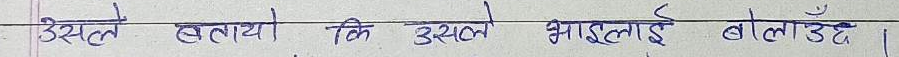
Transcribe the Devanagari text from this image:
उसले बतायो कि उसले भाइलाई बोलाउँछ।